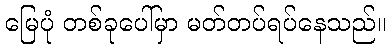
မြေပုံ တစ်ခုပေါ်မှာ မတ်တပ်ရပ်နေသည်။